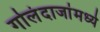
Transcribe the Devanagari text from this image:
गोलंदाजांमध्ये